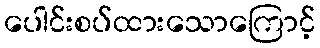
ပေါင်းစပ်ထားသောကြောင့်